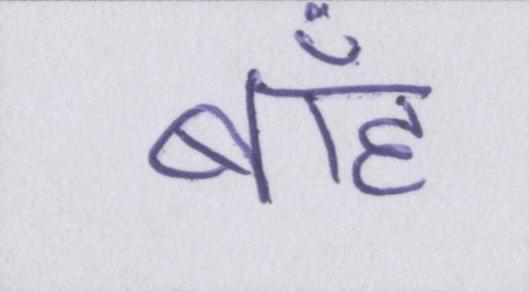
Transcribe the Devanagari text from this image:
बाँह